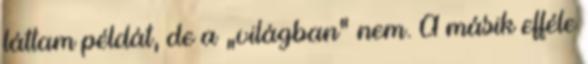
láttam példát, de a „világban” nem. A másik efféle